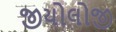
જીયોલોજી